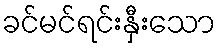
ခင်မင်ရင်းနှီးသော